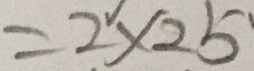
= 2 \times 2 5